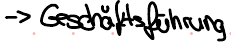
-> Geschäftsführung